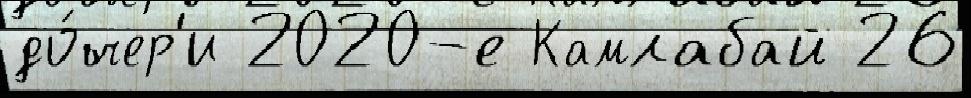
до́чер'и 2020-е Камлабай 26